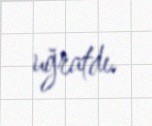
uğratdı.